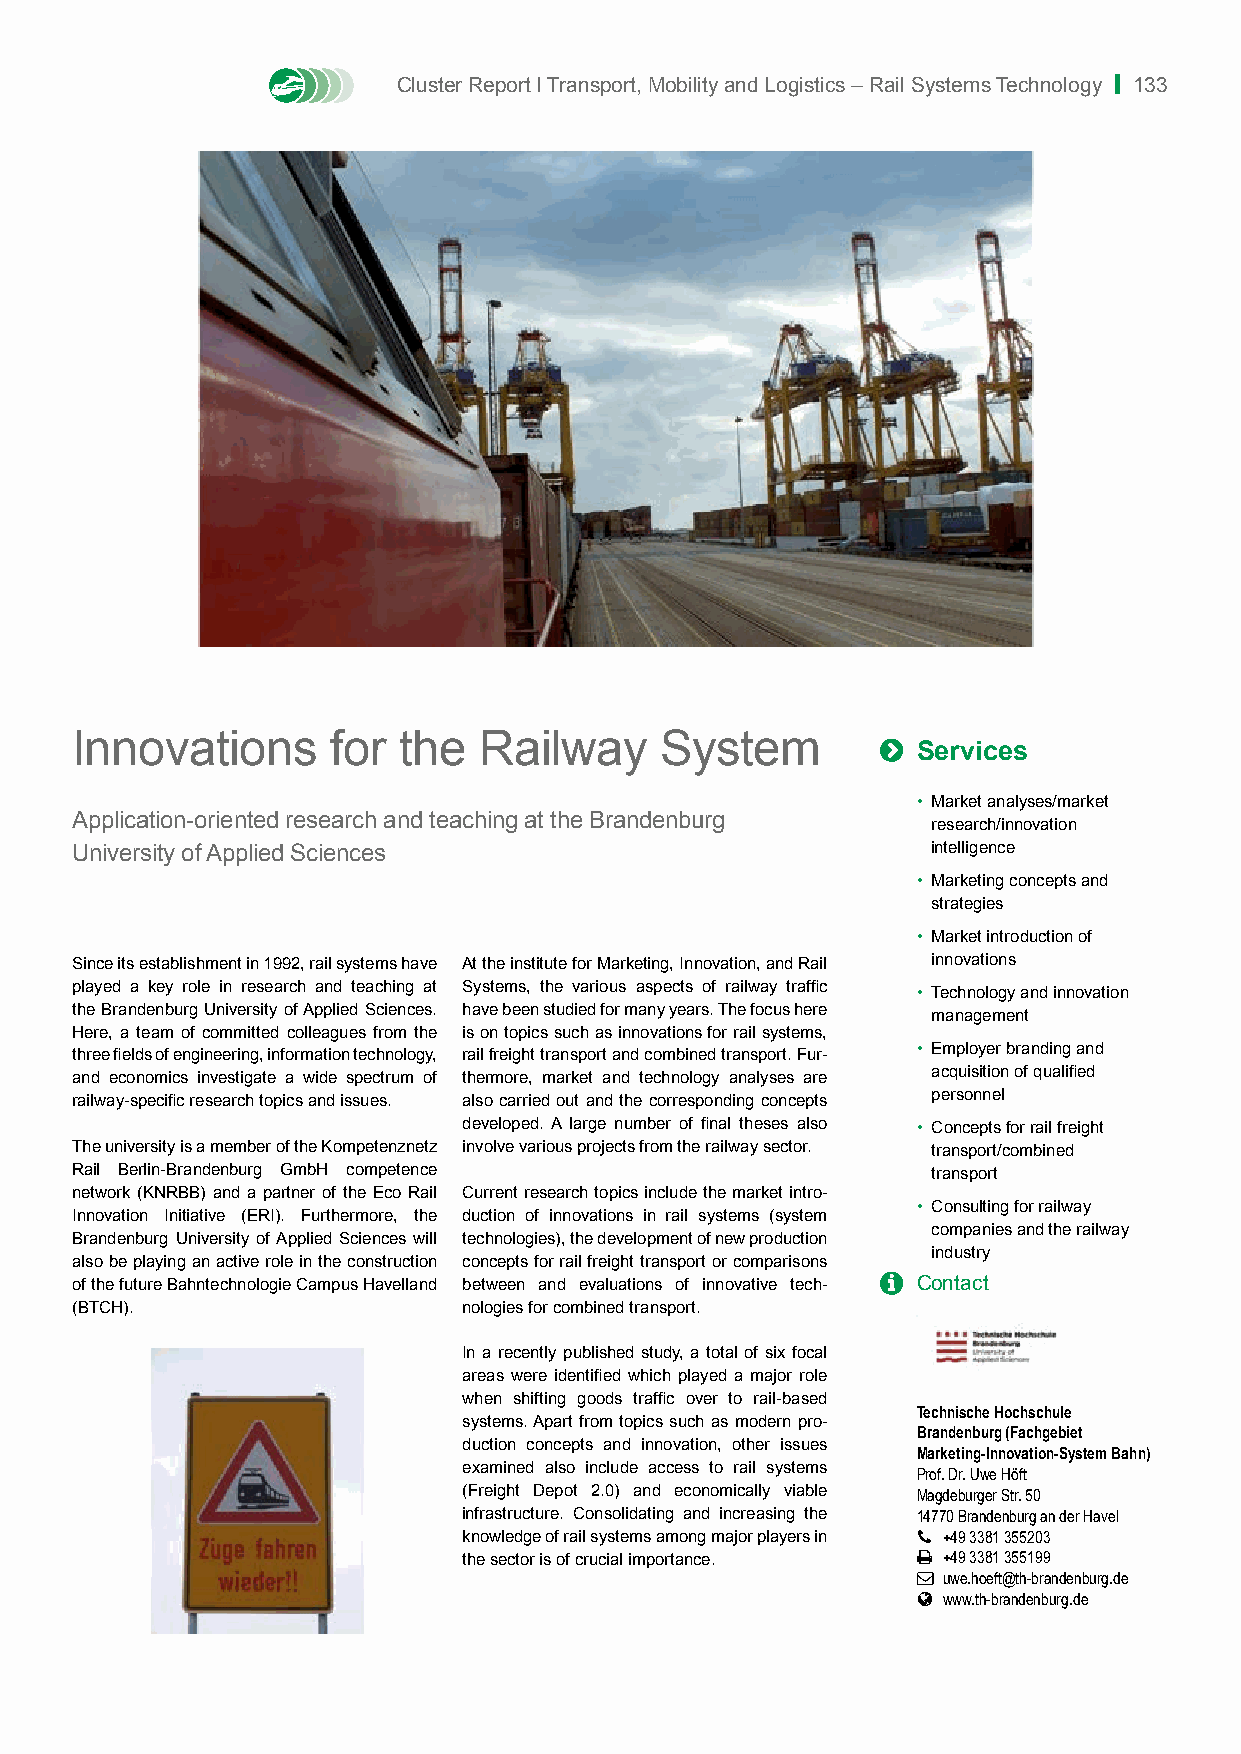
Cluster Report I Transport, Mobility and Logistics – Rail Systems Technology | 133
 Innovations      for the   Railway     System        
 Services
 • Market analyses/market
 Application-oriented research and teaching at the Brandenburg
 research/innovation
 University of Applied Sciences                           intelligence
 • Marketing concepts and
 strategies
 • Market introduction of
 Since its establishment in 1992, rail systems have At the institute for Marketing, Innovation, and Rail innovations
 played a key role in research and teaching at Systems, the various aspects of railway traffic
 • Technology and innovation
 the Brandenburg University of Applied Sciences. have been studied for many years. The focus here
 management
 Here, a team of committed colleagues from the is on topics such as innovations for rail systems,
 three fields of engineering, information technology, rail freight transport and combined transport. Fur- • Employer branding and
 and economics investigate a wide spectrum of thermore, market and technology analyses are acquisition of qualified
 railway-specific research topics and issues. also carried out and the corresponding concepts personnel
 developed. A large number of final theses also • Concepts for rail freight
 The university is a member of the Kompetenznetz involve various projects from the railway sector. transport/combined
 Rail Berlin-Brandenburg GmbH competence                  transport
 network (KNRBB) and a partner of the Eco Rail Current research topics include the market intro-
 • Consulting for railway
 Innovation Initiative (ERI). Furthermore, the duction of innovations in rail systems (system
 companies and the railway
 Brandenburg University of Applied Sciences will technologies), the development of new production
 industry
 also be playing an active role in the construction concepts for rail freight transport or comparisons
 of the future Bahntechnologie Campus Havelland between and evaluations of innovative tech-  Contact
 (BTCH).                   nologies for combined transport.
 In a recently published study, a total of six focal
 areas were identified which played a major role
 when shifting goods traffic over to rail-based
 Technische Hochschule
 systems. Apart from topics such as modern pro-
 Brandenburg (Fachgebiet
 duction concepts and innovation, other issues
 Marketing-Innovation-System Bahn)
 examined also include access to rail systems Prof. Dr. Uwe Höft
 (Freight Depot 2.0) and economically viable Magdeburger Str. 50
 infrastructure. Consolidating and increasing the 14770 Brandenburg an der Havel
 knowledge of rail systems among major players in  +49 3381 355203
 the sector is of crucial importance.  +49 3381 355199
  uwe.hoeft@th-brandenburg.de
  www.th-brandenburg.de